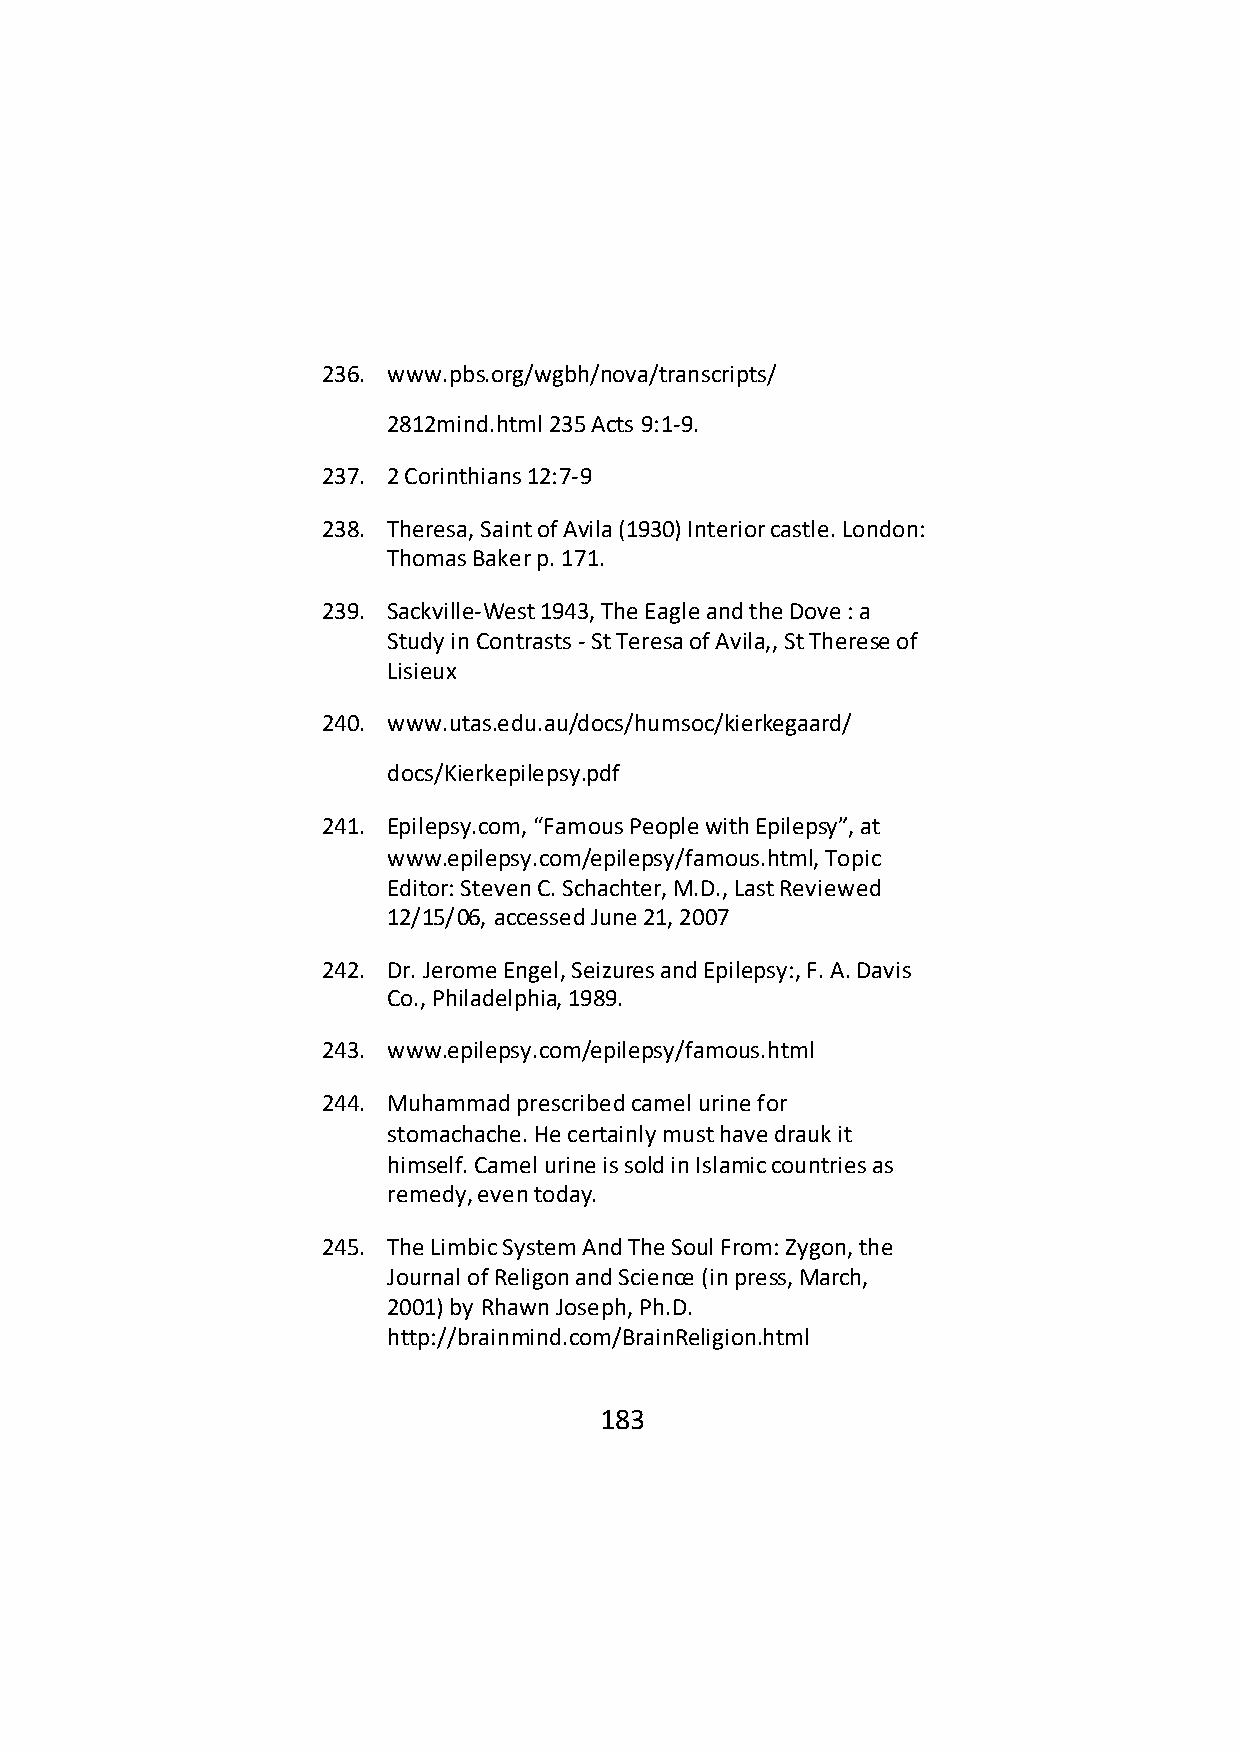
236. www.pbs.org/wgbh/nova/transcripts/
 2812mind.html 235 Acts 9:1-9.
 237. 2 Corinthians 12:7-9
 238. Theresa, Saint of Avila (1930) Interior castle. London:
 Thomas Baker p. 171.
 239. Sackville-West 1943, The Eagle and the Dove : a
 Study in Contrasts - St Teresa of Avila,, St Therese of
 Lisieux
 240. www.utas.edu.au/docs/humsoc/kierkegaard/
 docs/Kierkepilepsy.pdf
 241. Epilepsy.com, “Famous People with Epilepsy”, at
 www.epilepsy.com/epilepsy/famous.html, Topic
 Editor: Steven C. Schachter, M.D., Last Reviewed
 12/15/06, accessed June 21, 2007
 242. Dr. Jerome Engel, Seizures and Epilepsy:, F. A. Davis
 Co., Philadelphia, 1989.
 243. www.epilepsy.com/epilepsy/famous.html
 244. Muhammad prescribed camel urine for
 stomachache. He certainly must have drauk it
 himself. Camel urine is sold in Islamic countries as
 remedy, even today.
 245. The Limbic System And The Soul From: Zygon, the
 Journal of Religon and Science (in press, March,
 2001) by Rhawn Joseph, Ph.D.
 http://brainmind.com/BrainReligion.html
 183